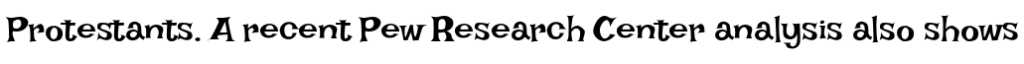
Protestants. A recent Pew Research Center analysis also shows